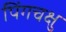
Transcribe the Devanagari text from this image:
पिंगचक्षु